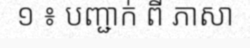
១ ៖ បញ្ជាក់ ពី ភាសា